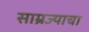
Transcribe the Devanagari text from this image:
साम्रज्याचा